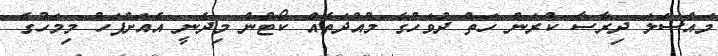
މައްސަލަ ދިރާސާ ކުރަން ހަތް ދުވަހުގެ މުއްދަތެއް ކޯޓުން މިދެނީ އެއަށްފަހު މިމަހުގެ